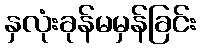
နှလုံးခုန်မမှန်ခြင်း